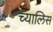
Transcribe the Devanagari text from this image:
च्यालिस